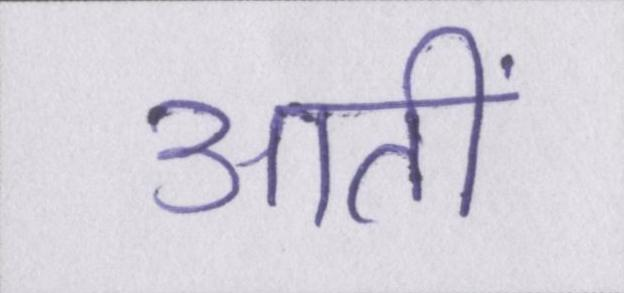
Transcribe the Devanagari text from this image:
आतीं